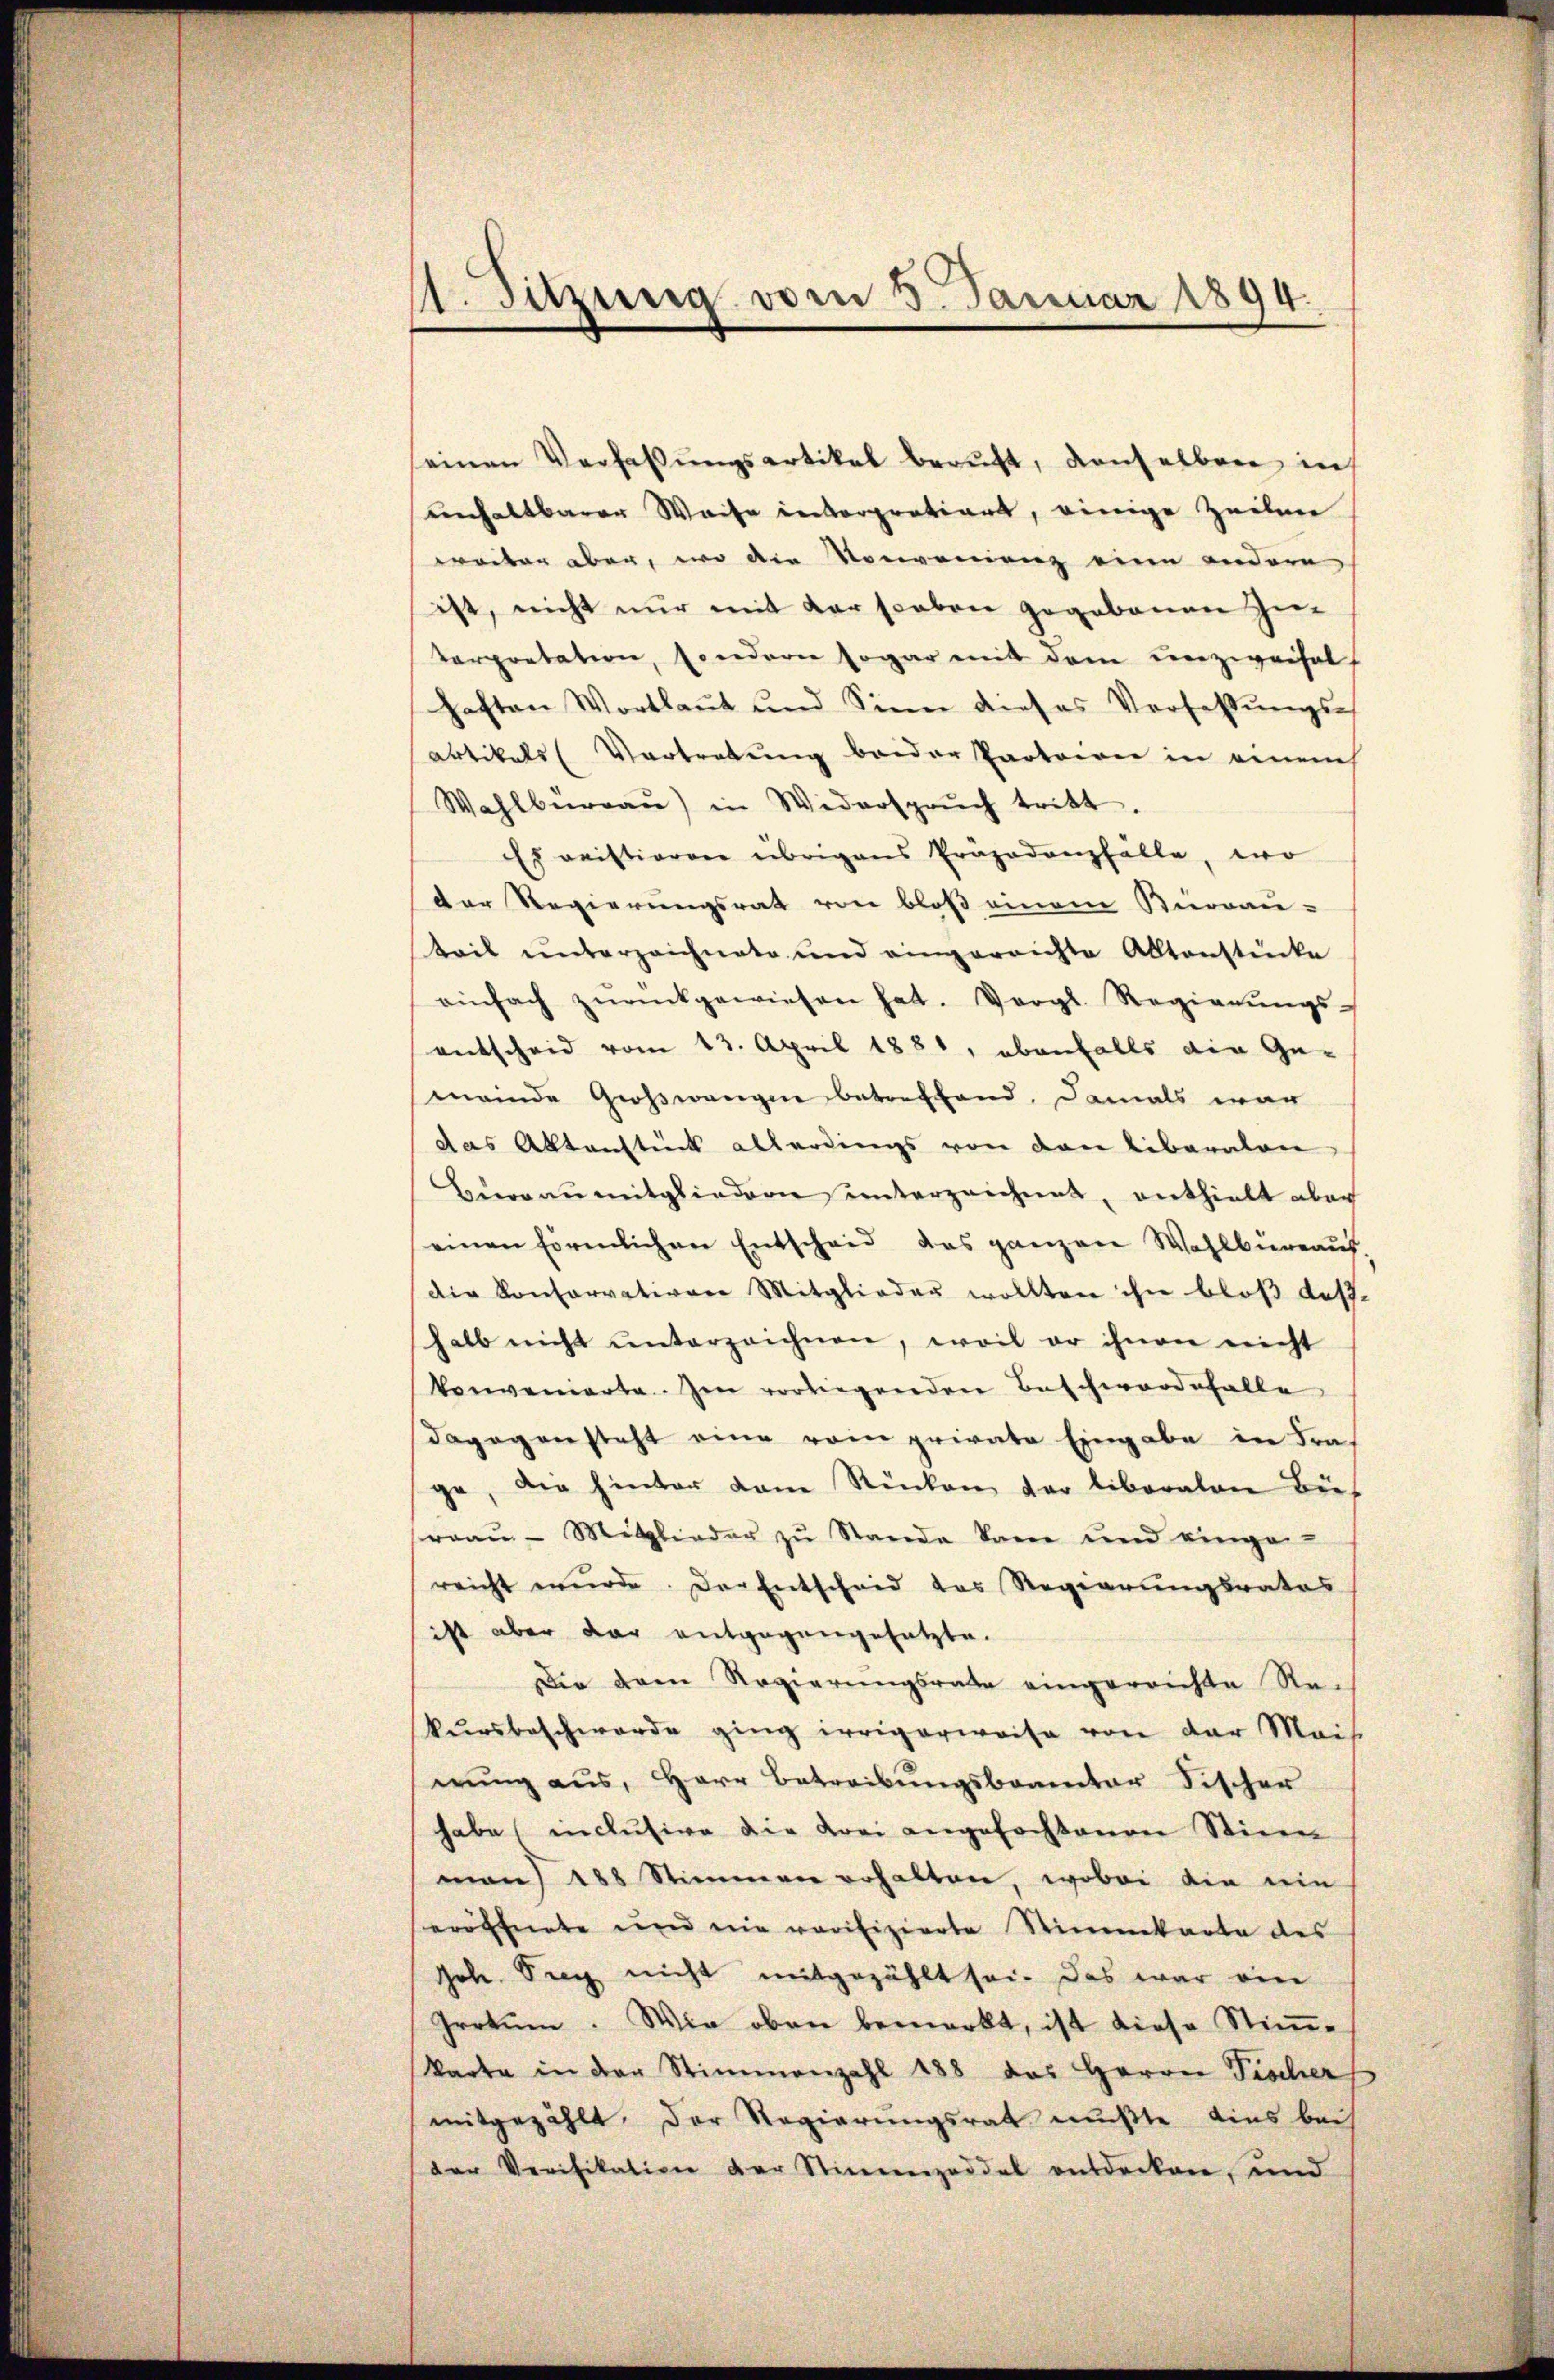
st. Sitzung vom 3. Januar 1894.

seinen Verfassŭngsartikel beaŭft, denselben in
unhaltbarer Waise interpratiart, einige Zeilen
weiter aber, wo die Vorvonienz eine andere,
ist, nicht nur mit der staben gegebenen Zu-
terpretation, sondern sogar mit dem unzweifelhaften Wortlaut und Sinn dieses Verfassŭngs-
artikels Vortretung beider Partoire in einem
Wahlbüreaŭ) in Widersprŭch tritt.
Es meistiaren übrigens Prapadanzfälle, wo
der Regierungsrath von bloß einem Bierdan-
keit unterzeichnete und eingerrichte Alltanstücke
einfach zŭrückgewiesen hat. Vergl. Regierŭngs-
entscheid vom 13. April 1881, ebenfalls die Ge-
mende Großwangen betreffend, damals war
das Aktenstück allerdings von den Liberaten
Hurranmitgliedern unterzeichnet, enthielt aber
einen förmlichen Entscheid das ganzen Wahlbieraus.
die Konservativen Mitglieder wollten ihn bloß deßhalb nicht ŭnterzeichnen, weil er ihnen nicht
konvenierte. Im vorliegenden Beschwerdefalle
dagegensteht eine rom private Eingabe in Kraf
ge, die hinter dem Rücken der liberaten Büh
raaŭ-Mitglieder zu Stande kann und einger-
reicht wŭrde. Der Entscheid des Regierŭngsrates
ist aber der entgegengesetzte.
Die dem Regierungsrate eingereichte Re-
kursbeschwerde ging irrigerweise von der Mais.
nŭng aus, Herr Betreibŭngsbeamter Fischer
habe inclusive die Krei angefochtenen Stieen
man) 188 Stimmen erhalten, wobei die ein
seröffnete und nie verifizierte Stimmkarte des
hoh Sich nicht mitgezählt sei. Das war eine
Irrtum. Wie oben bemerkt, ist diese Stimm-
karte in der Stimmenzahl 188 des Herrn Fischer
mitgezählt. Der Regierungsrat mußte ains bei
der Verifikation der Stimmzeddel entdecken, und